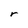
Character: r